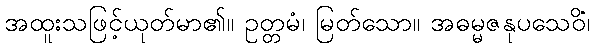
အထူးသဖြင့်ယုတ်မာ၏။ ဥတ္တမံ၊ မြတ်သော။ အဓမ္မဇနုပသေဝိံ၊